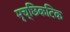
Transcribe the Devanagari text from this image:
मृच्छिकटिक